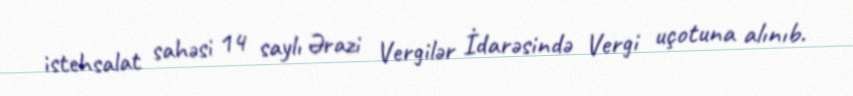
istehsalat sahəsi 14 saylı Ərazi Vergilər İdarəsində Vergi uçotuna alınıb.